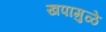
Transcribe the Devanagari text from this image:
खपामुळे